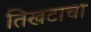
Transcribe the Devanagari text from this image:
तिखटाचा